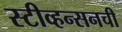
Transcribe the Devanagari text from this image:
स्टीव्हन्‍सनची